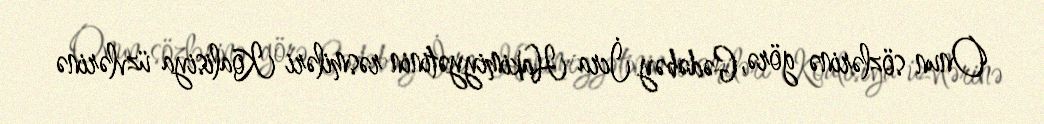
Onun sözlərinə görə, Gədəbəy İcra Hakimiyyətinin rəsmiləri Koalisiya üzvlərinə